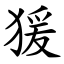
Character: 猨